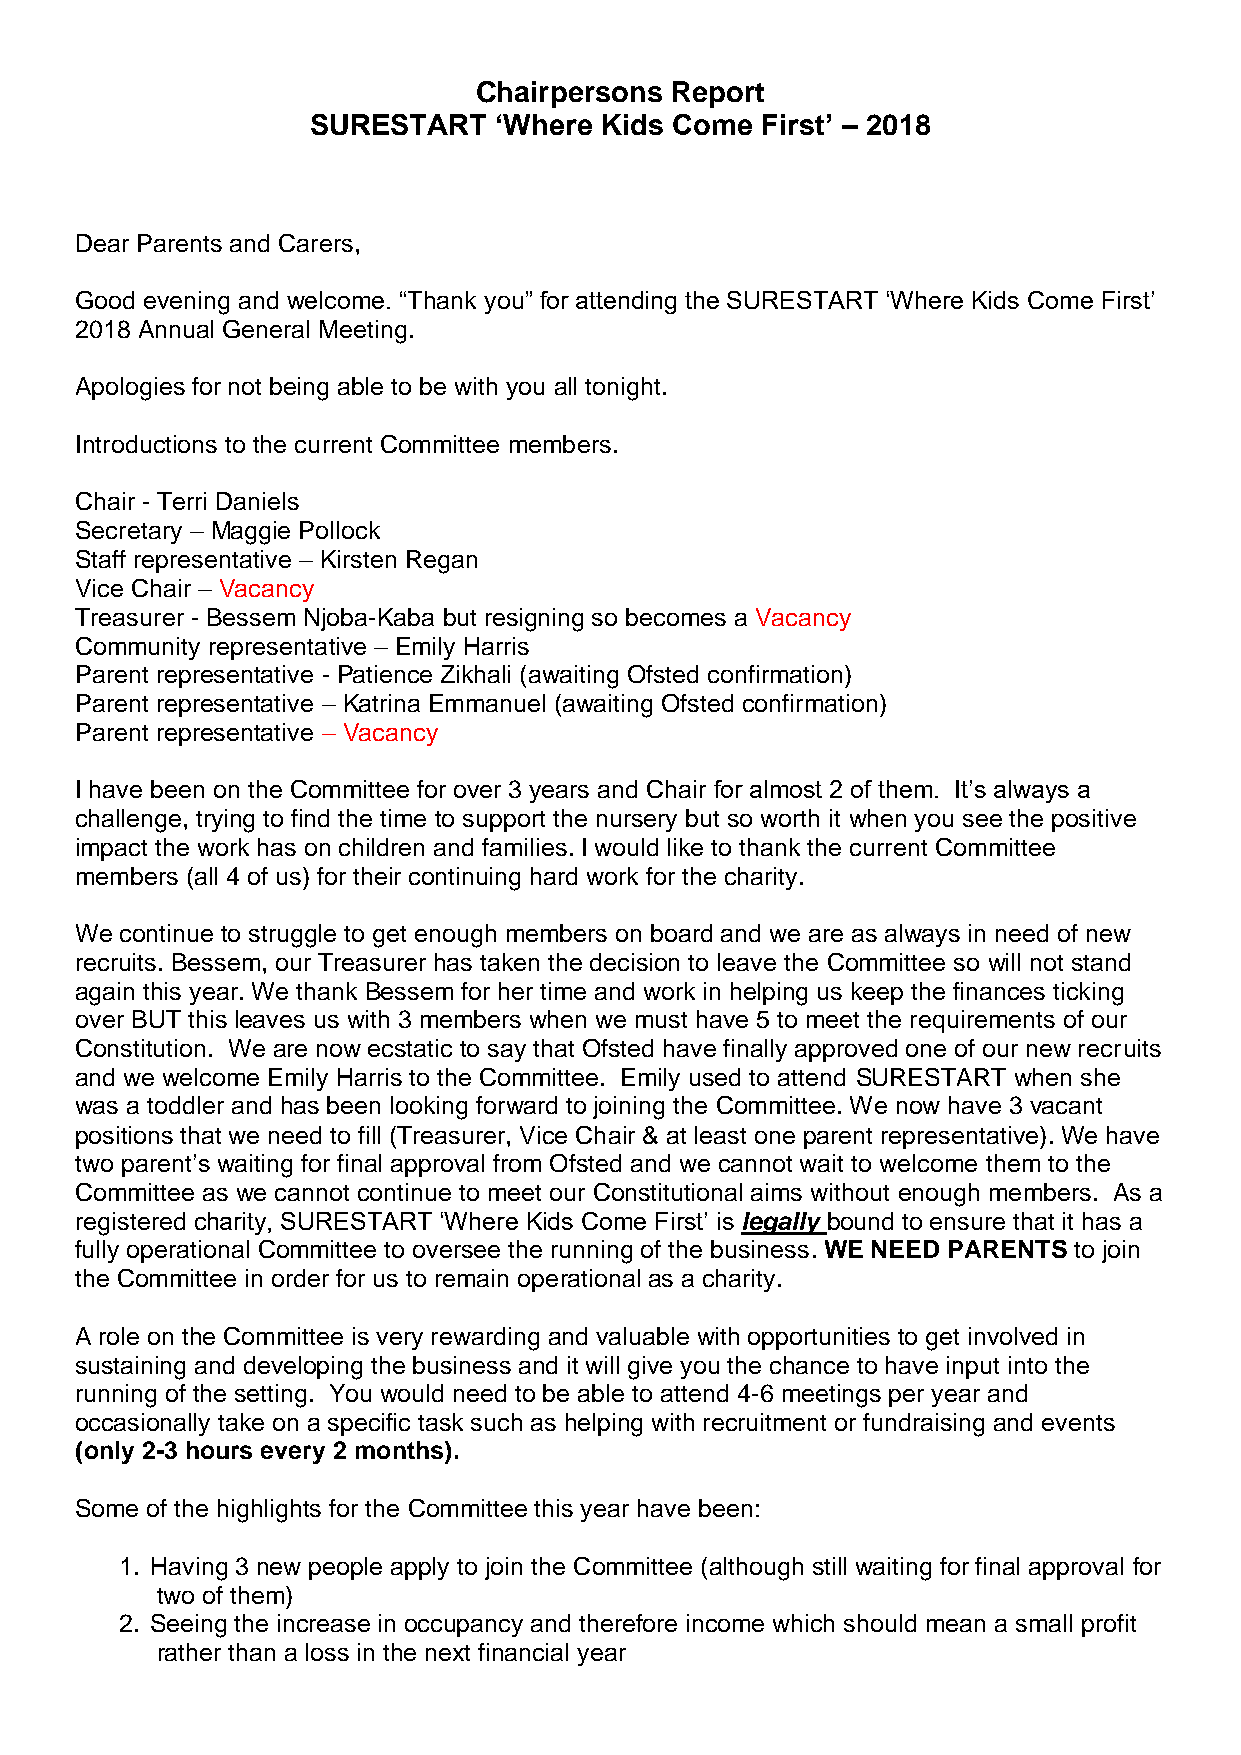
Chairpersons Report
 SURESTART   ‘Where Kids Come First’ – 2018
 Dear Parents and Carers,
 Good evening and welcome. “Thank you” for attending the SURESTART ‘Where Kids Come First’
 2018 Annual General Meeting.
 Apologies for not being able to be with you all tonight.
 Introductions to the current Committee members.
 Chair - Terri Daniels
 Secretary – Maggie Pollock
 Staff representative – Kirsten Regan
 Vice Chair – Vacancy
 Treasurer - Bessem Njoba-Kaba but resigning so becomes a Vacancy
 Community representative – Emily Harris
 Parent representative - Patience Zikhali (awaiting Ofsted confirmation)
 Parent representative – Katrina Emmanuel (awaiting Ofsted confirmation)
 Parent representative – Vacancy
 I have been on the Committee for over 3 years and Chair for almost 2 of them. It’s always a
 challenge, trying to find the time to support the nursery but so worth it when you see the positive
 impact the work has on children and families. I would like to thank the current Committee
 members (all 4 of us) for their continuing hard work for the charity.
 We continue to struggle to get enough members on board and we are as always in need of new
 recruits. Bessem, our Treasurer has taken the decision to leave the Committee so will not stand
 again this year. We thank Bessem for her time and work in helping us keep the finances ticking
 over BUT this leaves us with 3 members when we must have 5 to meet the requirements of our
 Constitution. We are now ecstatic to say that Ofsted have finally approved one of our new recruits
 and we welcome Emily Harris to the Committee. Emily used to attend SURESTART when she
 was a toddler and has been looking forward to joining the Committee. We now have 3 vacant
 positions that we need to fill (Treasurer, Vice Chair & at least one parent representative). We have
 two parent’s waiting for final approval from Ofsted and we cannot wait to welcome them to the
 Committee as we cannot continue to meet our Constitutional aims without enough members. As a
 registered charity, SURESTART ‘Where Kids Come First’ is legally bound to ensure that it has a
 fully operational Committee to oversee the running of the business. WE NEED PARENTS to join
 the Committee in order for us to remain operational as a charity.
 A role on the Committee is very rewarding and valuable with opportunities to get involved in
 sustaining and developing the business and it will give you the chance to have input into the
 running of the setting. You would need to be able to attend 4-6 meetings per year and
 occasionally take on a specific task such as helping with recruitment or fundraising and events
 (only 2-3 hours every 2 months).
 Some of the highlights for the Committee this year have been:
 1. Having 3 new people apply to join the Committee (although still waiting for final approval for
 two of them)
 2. Seeing the increase in occupancy and therefore income which should mean a small profit
 rather than a loss in the next financial year